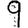
Digit: 9